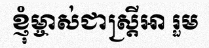
ខ្ញុំម្ចាស់ជាស្ត្រីអា រួម